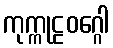
ကုက္ကုဠဝဂ္ဂေါ